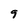
Character: 9